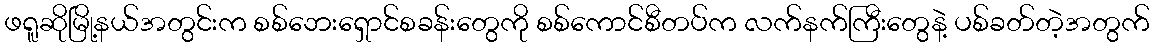
ဖရူဆိုမြို့နယ်အတွင်းက စစ်ဘေးရှောင်စခန်းတွေကို စစ်ကောင်စီတပ်က လက်နက်ကြီးတွေနဲ့ ပစ်ခတ်တဲ့အတွက်